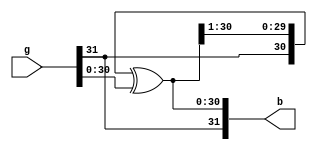
module Nbitgray2binary#(parameter n = 32)
  (
    input [n-1:0]g,
    output [n-1:0]b);
  assign b = {g[n-1], b[n-1:1]^g[n-2:0]};

endmodule